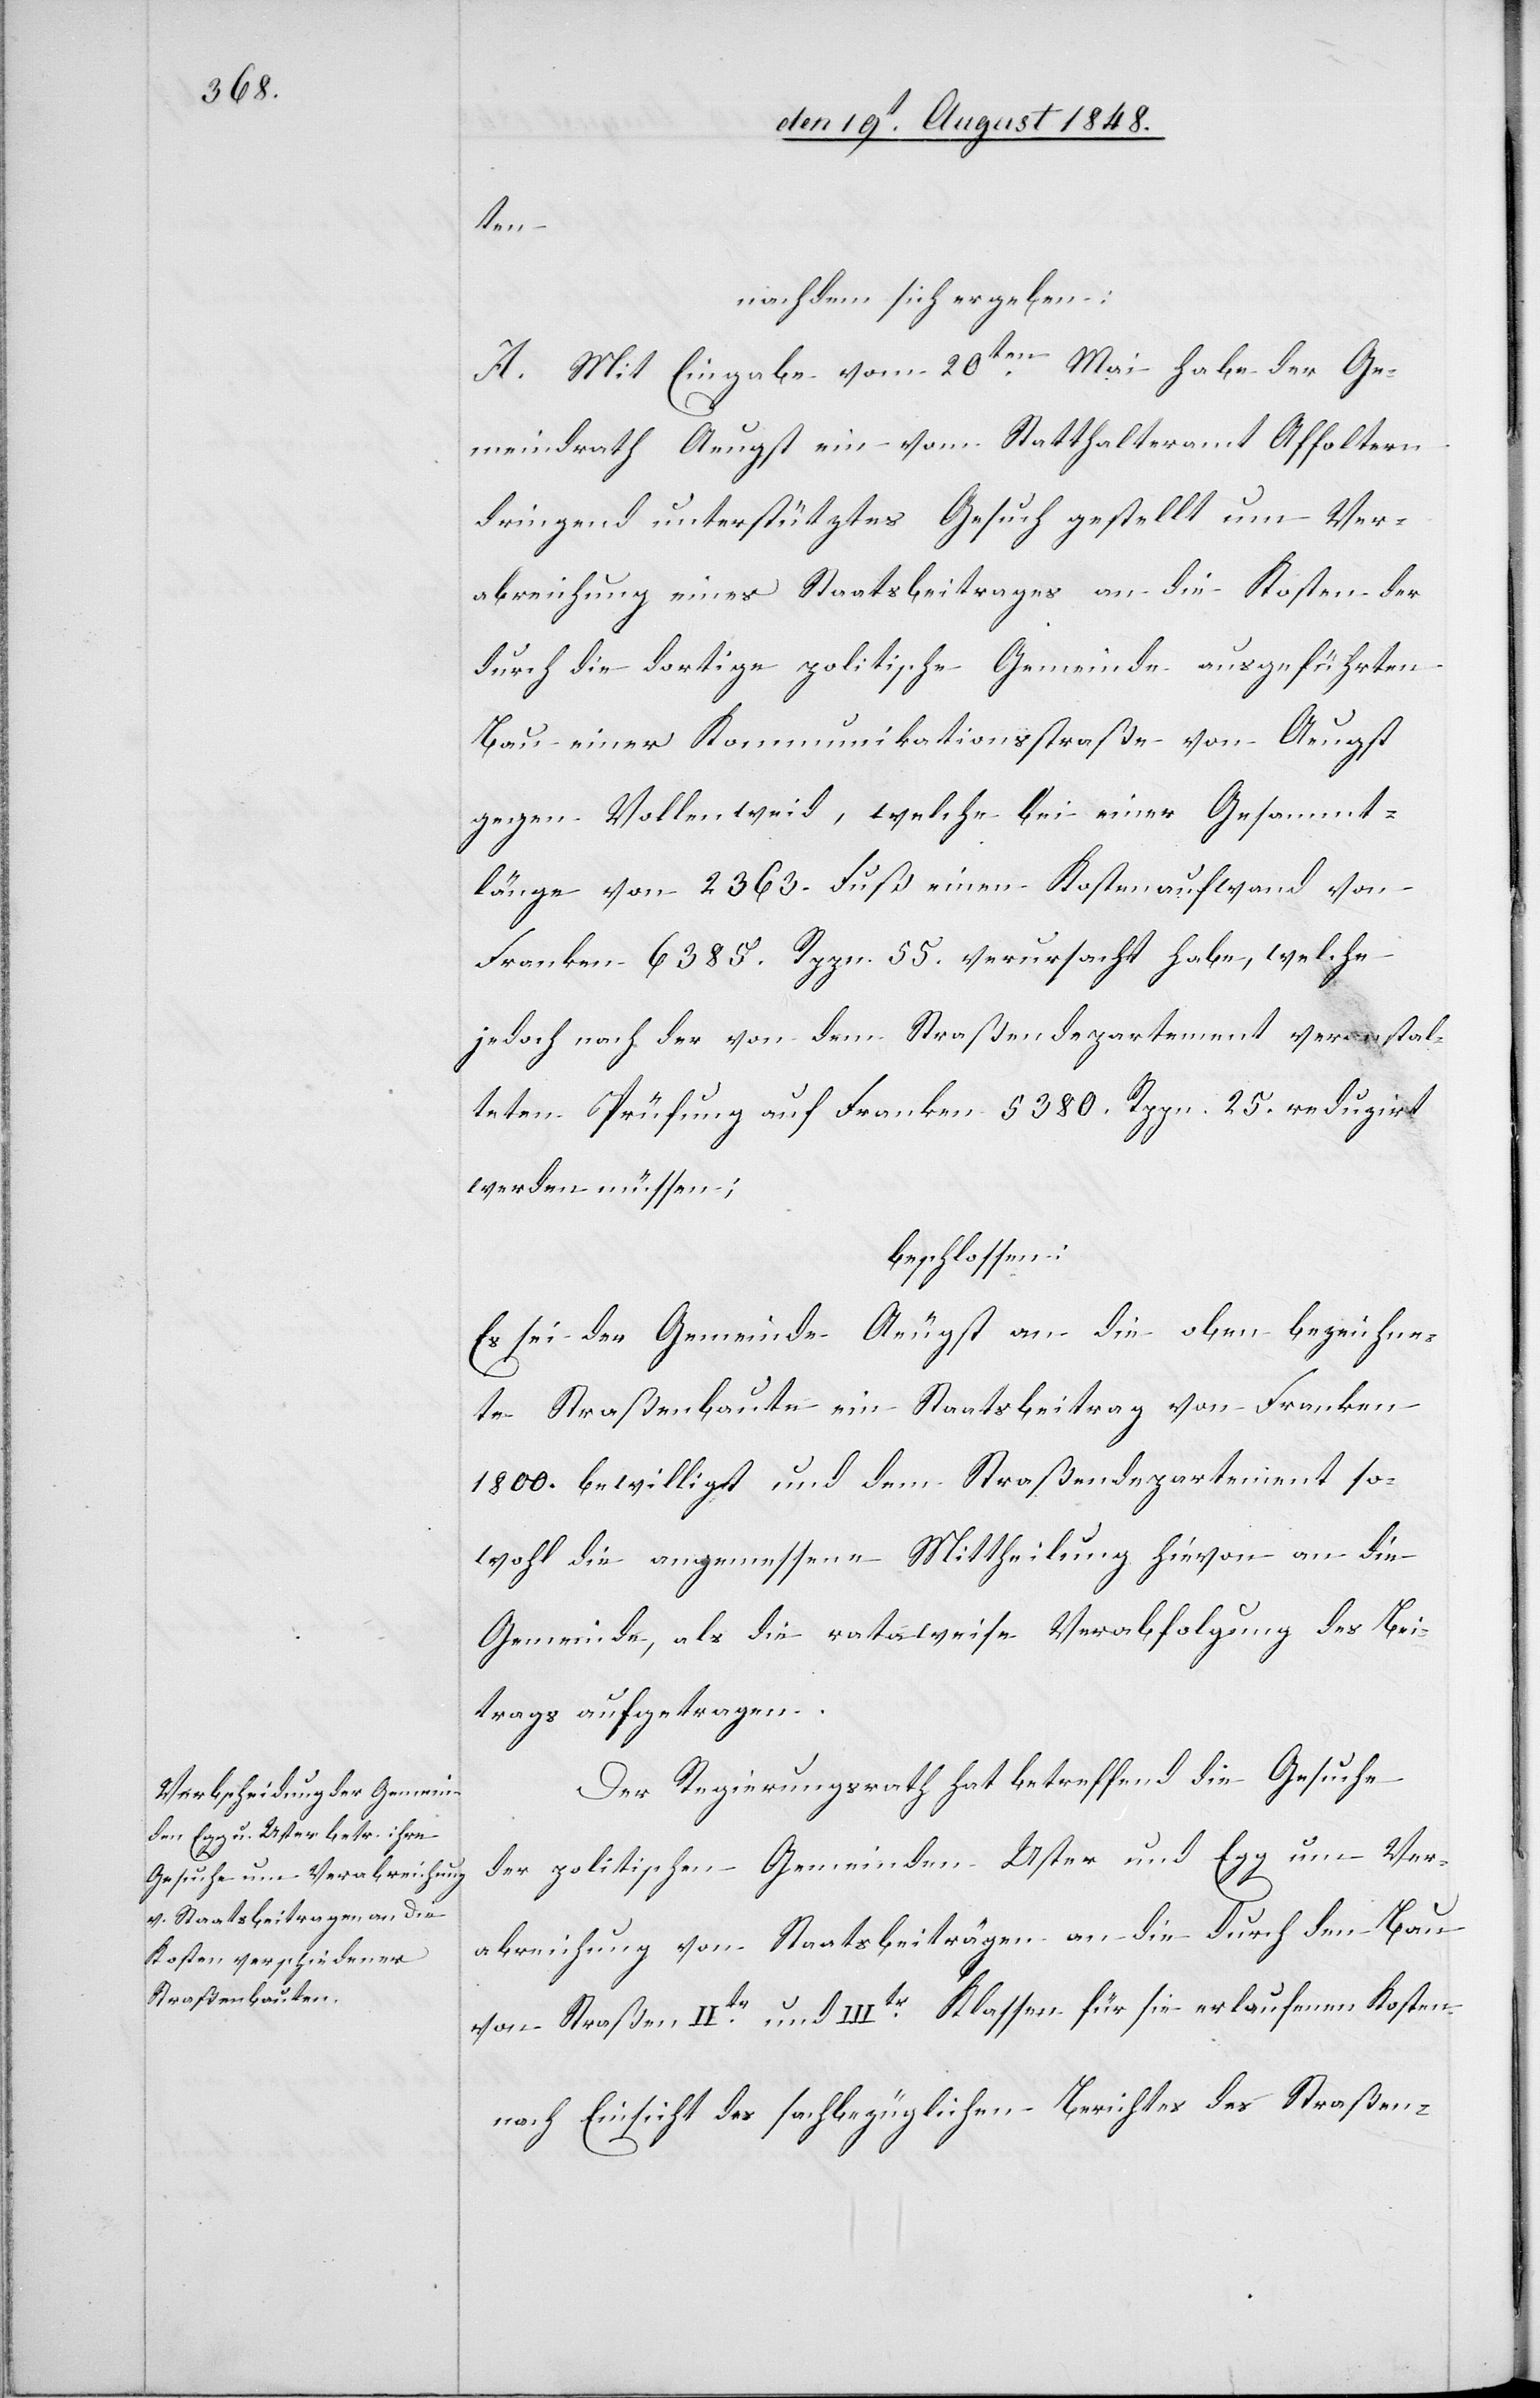
ten
nachdem sich ergeben:
A. Mit Eingabe vom 20ten Mai habe der Ge¬
meindrath Aeugst ein vom Statthalteramt Affoltern
dringend unterstütztes Gesuch gestellt um Ver¬
abreichung eines Staatsbeitrages an die Kosten der
durch die dortige politische Gemeinde ausgeführten
Bau einer Kommunikationsstraße von Aeugst
gegen Vollenweid, welche bei einer Gesammt¬
länge von 2363. Fuß einen Kostenaufwand von
Franken 6385. Rppn. 55. verursacht habe, welche
jedoch nach der von dem Straßendepartement veranstal¬
teten Prüfung auf Franken 5380. Rppn. 25. reduzirt
werden müssen;
beschlossen:
Es sei der Gemeinde Aeugst an die oben bezeichne¬
te Straßenbaute ein Staatsbeitrag von Franken
1800. bewilligt und dem Straßendepartement so¬
wohl die angemessene Mittheilung hievon an die
Gemeinde, als die rataweise Verabfolgung des Bei¬
trags aufgetragen.
Der Regierungsrath hat betreffend die Gesuche
der politischen Gemeinden Uster und Egg um Ver¬
abreichung von Staatsbeiträgen an die durch den Bau
von Straßen IItr und IIItr Klassen für sie erlaufenen Kosten
nach Einsicht des sachbezüglichen Berichtes des Straßen-